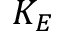
K _ { E }